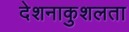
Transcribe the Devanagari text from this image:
देशनाकुशलता